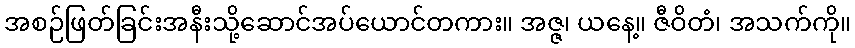
အစဉ်ဖြတ်ခြင်းအနီးသို့ဆောင်အပ်ယောင်တကား။ အဇ္ဇ၊ ယနေ့။ ဇီဝိတံ၊ အသက်ကို။